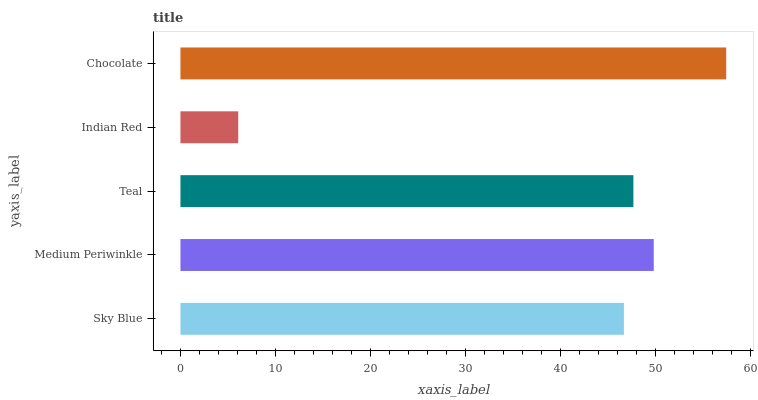
| yaxis_label | bars |
 | --- | --- |
 | Sky Blue | 46.7 |
 | Medium Periwinkle | 49.8 |
 | Teal | 47.7 |
 | Indian Red | 6.08 |
 | Chocolate | 57.4 |